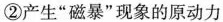
②产生”磁暴”现象的原动力